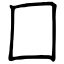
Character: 囗